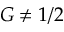
G \neq 1 / 2